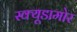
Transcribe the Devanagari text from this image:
स्क्यूडामोर